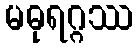
မဓုရဂ္ဂဿ